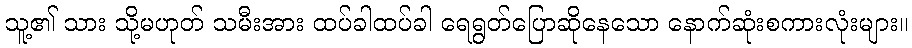
သူ့၏ သား သို့မဟုတ် သမီးအား ထပ်ခါထပ်ခါ ရေရွတ်ပြောဆိုနေသော နောက်ဆုံးစကားလုံးများ။